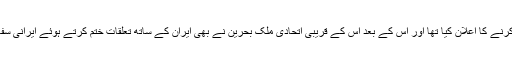
سب سے پہلے سعودی عرب نے ایران کے ساتھ اپنے تعلقات ختم کرنے کا اعلان کیا تھا اور اس کے بعد اس کے قریبی اتحادی ملک بحرین نے بھی ایران کے ساتھ تعلقات ختم کرتے ہوئے ایرانی سفارت کاروں کو 48 گھنٹے کے اندر ملک چھوڑنے کا حکم دیا تھا۔